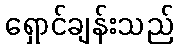
ရှောင်ချန်းသည်